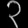
Digit: ၃